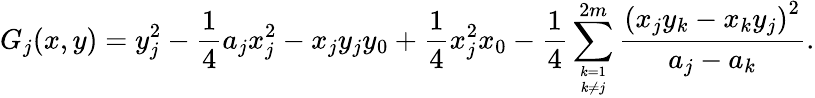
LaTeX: G_{j}(x,y)=y_{j}^{2}-{\frac{1}{4}}a_{j}x_{j}^{2}-x_{j}y_{j}y_{0}+{\frac{1}{4}}x_{j}^{2}x_{0}-{\frac{1}{4}}\sum_{k=1\atop k\neq j}^{2m}{\frac{\left(x_{j}y_{k}-x_{k}y_{j}\right)^{2}}{a_{j}-a_{k}}}.